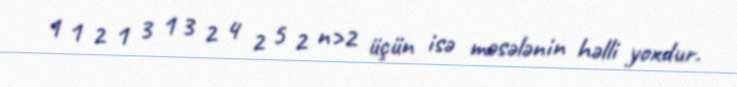
1 1 2 1 3 1 3 2 4 2 5 2 n>2 üçün isə məsələnin həlli yoxdur.